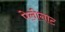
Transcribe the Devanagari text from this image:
पेलीगाट